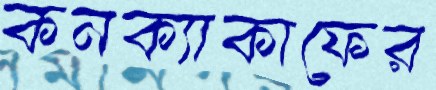
কনক্যাকাফের